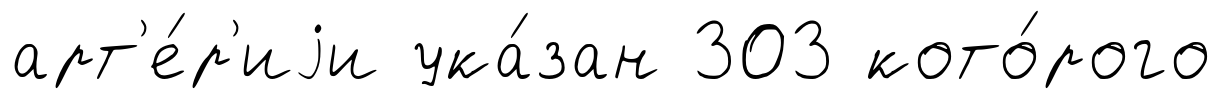
арт'е́р'иjи ука́зан 303 кото́рого